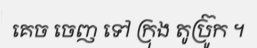
គេច ចេញ ទៅ ក្រុង តូប្រ៊ូក ។